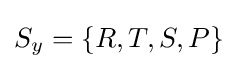
S_{y}=\{R,T,S,P\}